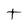
Character: t